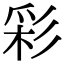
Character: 彩